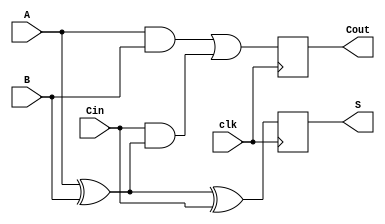
module dynamic_full_adder (
    input wire A,        // First binary input
    input wire B,        // Second binary input
    input wire Cin,      // Carry-in input
    input wire clk,      // Clock signal
    output reg S,        // Sum output
    output reg Cout      // Carry-out output
);

    reg S_precharge;     // Precharged sum output
    reg Cout_precharge;  // Precharged carry-out output

    always @(posedge clk) begin
        // Precharge phase: set outputs to high
        S_precharge <= 1'b1;
        Cout_precharge <= 1'b1;
    end

    always @(negedge clk) begin
        // Evaluation phase
        // Compute the sum output
        S <= A ^ B ^ Cin;
        // Compute the carry-out output
        Cout <= (A & B) | (Cin & (A ^ B));
    end

endmodule